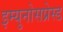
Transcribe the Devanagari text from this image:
इम्युनोसप्रेस्ड